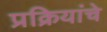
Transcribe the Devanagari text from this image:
प्रक्रियांचे